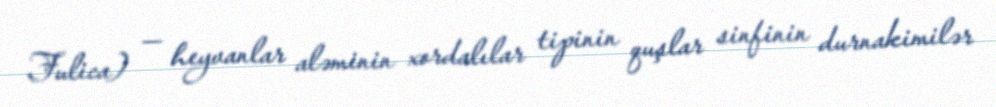
Fulica) — heyvanlar aləminin xordalılar tipinin quşlar sinfinin durnakimilər